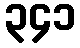
၃၄၁